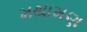
મથામણ